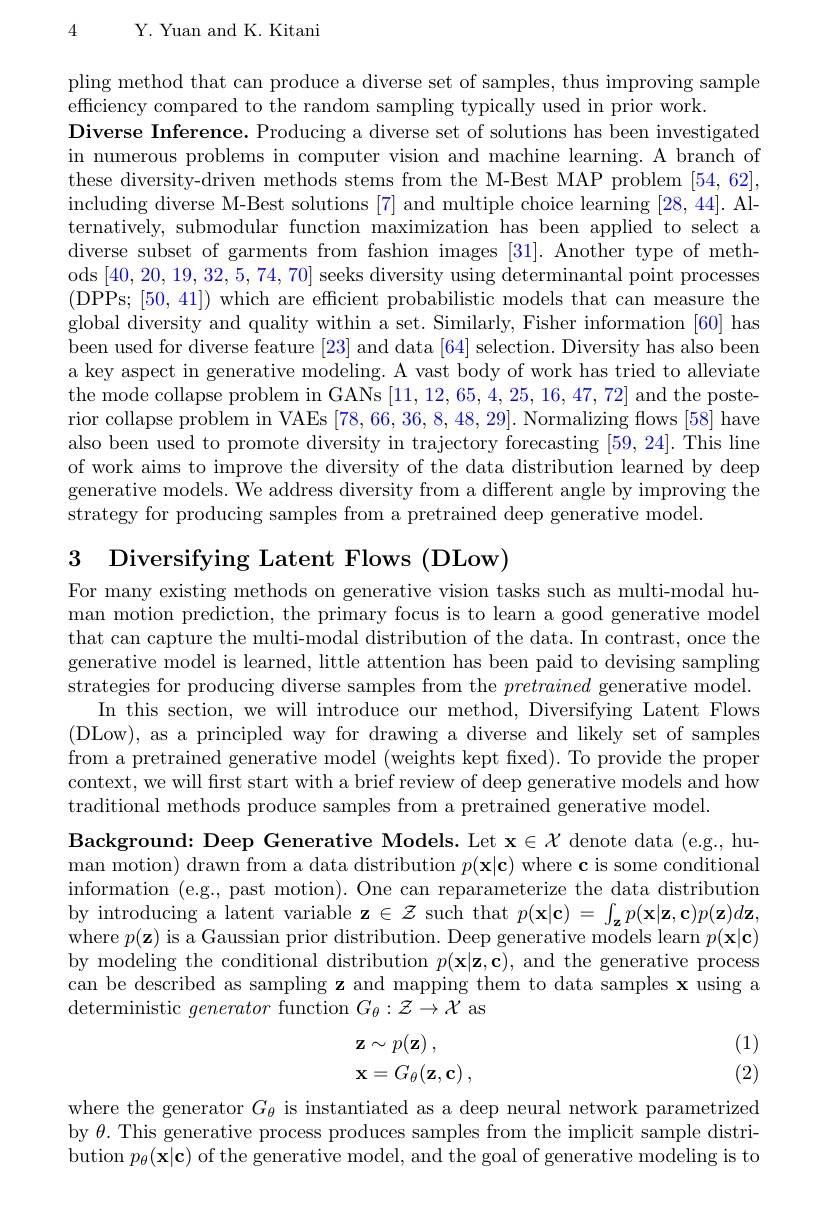
4 Y. Yuan and K. Kitani

pling method that can produce a diverse set of samples, thus improving sample
efficiency compared to the random sampling typically used in prior work.
Diverse Inference. Producing a diverse set of solutions has been investigated in numerous problems in computer vision and machine learning. A branch of these diversity-driven methods stems from the M-Best MAP problem [54,62], including diverse M-Best solutions [7] and multiple choice learning [28,44]. Alternatively, submodular function maximization has been applied to select a diverse subset of garments from fashion images [31]. Another type of methods [40,20,19,32,5,74,70] seeks diversity using determinantal point processes (DPPs; [50,41]) which are efficient probabilistic models that can measure the global diversity and quality within a set. Similarly, Fisher information [60] has been used for diverse feature [23] and data [64] selection. Diversity has also been a key aspect in generative modeling. A vast body of work has tried to alleviate the mode collapse problem in GANs [11,12,65,4,25,16,47,72] and the posterior collapse problem in VAEs [78,66,36,8,48,29]. Normalizing flows [58] have also been used to promote diversity in trajectory forecasting [59, 24]. This line of work aims to improve the diversity of the data distribution learned by deep generative models. We address diversity from a different angle by improving the strategy for producing samples from a pretrained deep generative model.

3 Diversifying Latent Flows (DLow)

For many existing methods on generative vision tasks such as multi-modal human motion prediction, the primary focus is to learn a good generative model that can capture the multi-modal distribution of the data. In contrast, once the generative model is learned, little attention has been paid to devising sampling strategies for producing diverse samples from the pretrained generative model.
In this section, we will introduce our method, Diversifying Latent Flows (DLow), as a principled way for drawing a diverse and likely set of samples from a pretrained generative model (weights kept fixed). To provide the proper context, we will first start with a brief review of deep generative models and how traditional methods produce samples from a pretrained generative model.
Background: Deep Generative Models. Let $\mathbf{x}\in\mathcal{X}$ denote data (e.g., human motion) drawn from a data distribution $p(\mathbf{x}|\mathbf{c})$ where c is some conditional information (e.g., past motion). One can reparameterize the data distribution by introducing a latent variable $\mathbf{z}\in\mathcal{Z}$ such that $p(\mathbf{x}|\mathbf{c})=\int_\mathbf{z}p(\mathbf{x}|\mathbf{z},\mathbf{c})p(\mathbf{z})d\mathbf{z}$, where $p(\mathbf{z})$ is a Gaussian prior distribution. Deep generative models learn $p(\mathbf{x}|\mathbf{c})$ by modeling the conditional distribution $p(\mathbf{x}|\mathbf{z},\mathbf{c})$, and the generative process can be described as sampling z and mapping them to data samples x using a deterministic generator function $G_\theta:\mathcal{Z}\to\mathcal{X}$ as
(1)
$$\begin{array}{l}\mathbf{z}\sim p(\mathbf{z})\:,\\\mathbf{x}=G_\theta(\mathbf{z},\mathbf{c})\:,\end{array}$$
(2)

where the generator $G_\theta$ is instantiated as a deep neural network parametrized by $\theta.$ This generative process produces samples from the implicit sample distribution $p_\theta(\mathbf{x}|\mathbf{c})$ of the generative model, and the goal of generative modeling is to